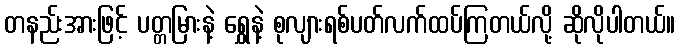
တနည်းအားဖြင့် ပတ္တမြားနဲ့ ရွှေနဲ့ စုလျားရစ်ပတ်လက်ထပ်ကြတယ်လို့ ဆိုလိုပါတယ်။